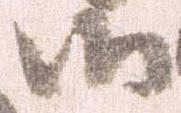
御